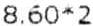
8.60*2